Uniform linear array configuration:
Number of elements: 48
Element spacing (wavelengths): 0.75
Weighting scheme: exponential
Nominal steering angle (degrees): -45
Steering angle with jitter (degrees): -43.51
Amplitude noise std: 0.05
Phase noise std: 0.05

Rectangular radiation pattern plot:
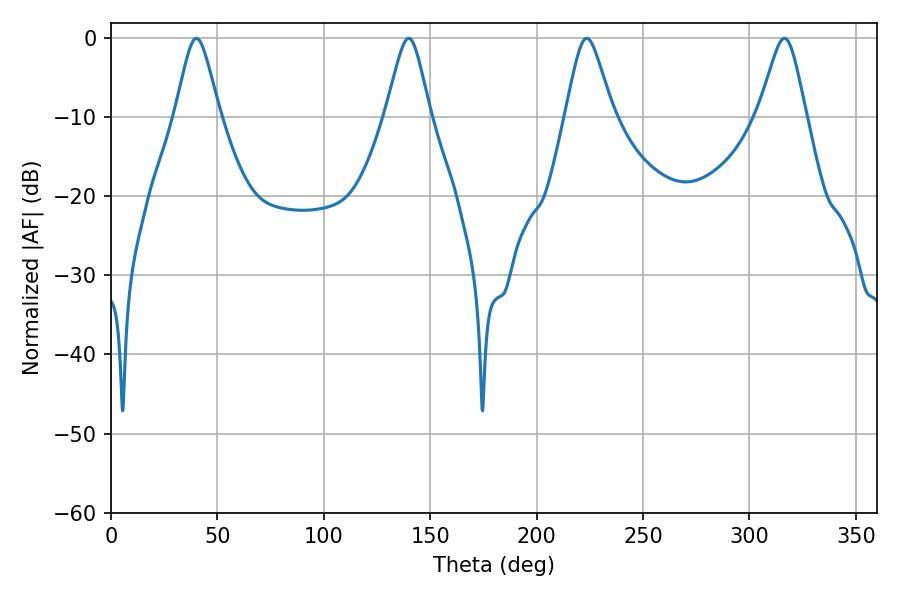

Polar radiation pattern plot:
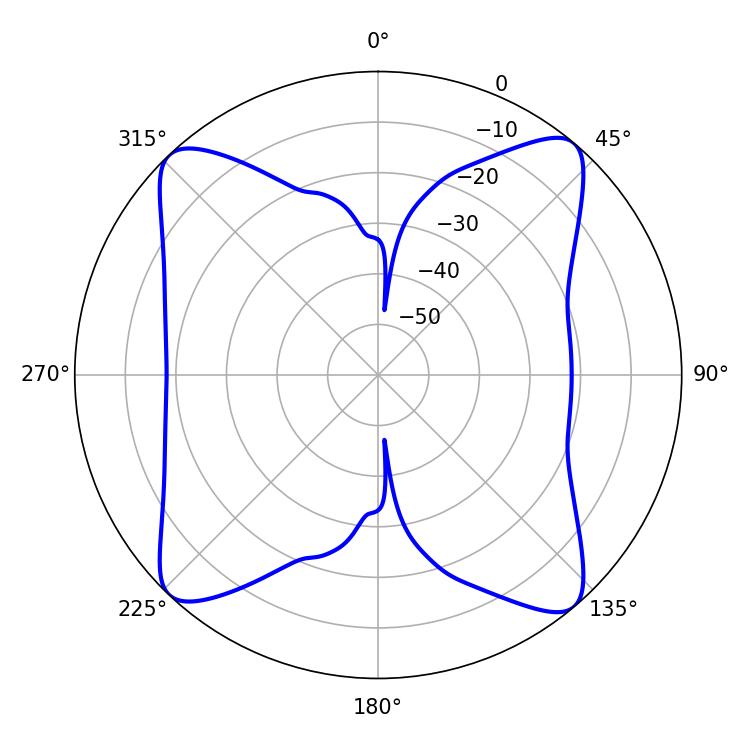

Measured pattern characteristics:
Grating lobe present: TRUE
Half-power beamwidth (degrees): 10.62
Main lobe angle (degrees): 223.56